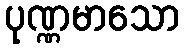
ပုဏ္ဏမာသော